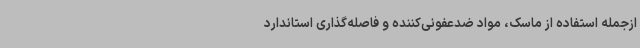
ازجمله استفاده از ماسک، مواد ضدعفونی‌کننده و فاصله‌گذاری استاندارد